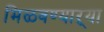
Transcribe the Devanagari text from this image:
मिळवण्याऱ्या